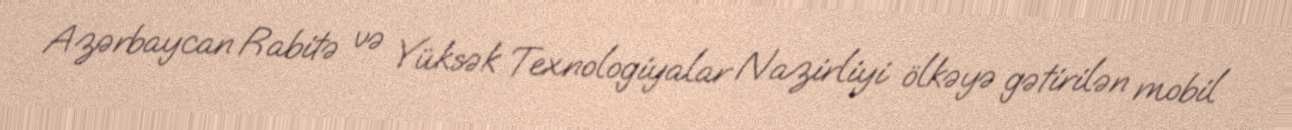
Azərbaycan Rabitə və Yüksək Texnologiyalar Nazirliyi ölkəyə gətirilən mobil